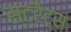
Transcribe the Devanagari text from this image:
स्ट्रैट्‍स